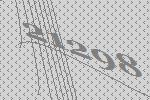
21298